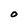
Character: O